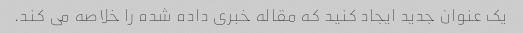
یک عنوان جدید ایجاد کنید که مقاله خبری داده شده را خلاصه می کند.